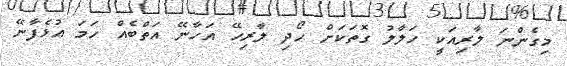
މިގެންނަ ލާރިއަކީ ހަލާލު ގޮތަކަށް ހޯދި ލާރިހޭ އަހާނޭ އަތްބެއް ހަމަ އުޅެފާނޭ